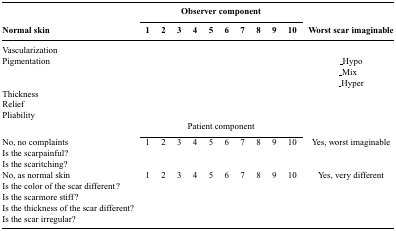
|  | <COLSPAN=10> Observer component |  |
 | Normal skin | 1 | 2 | 3 | 4 | 5 | 6 | 7 | 8 | 9 | 10 | Worst scar imaginable |
 | --- | --- | --- | --- | --- | --- | --- | --- | --- | --- | --- | --- |
 | Vascularization |  |  |  |  |  |  |  |  |  |  |  |
 | Pigmentation |  |  |  |  |  |  |  |  |  |  | _Hypo |
 |  |  |  |  |  |  |  |  |  |  |  | _Mix |
 |  |  |  |  |  |  |  |  |  |  |  | _Hyper |
 | Thickness |  |  |  |  |  |  |  |  |  |  |  |
 | Relief |  |  |  |  |  |  |  |  |  |  |  |
 | Pliability |  |  |  |  |  |  |  |  |  |  |  |
 |  | <COLSPAN=10> Patient component |  |
 | No, no complaints | 1 | 2 | 3 | 4 | 5 | 6 | 7 | 8 | 9 | 10 | Yes, worst imaginable |
 | Is the scarpainful? |  |  |  |  |  |  |  |  |  |  |  |
 | Is the scaritching? |  |  |  |  |  |  |  |  |  |  |  |
 | No, as normal skin | 1 | 2 | 3 | 4 | 5 | 6 | 7 | 8 | 9 | 10 | Yes, very different |
 | Is the color of the scar different |  |  |  |  |  |  |  |  |  |  |  |
 | Is the scarmore stiff |  |  |  |  |  |  |  |  |  |  |  |
 | Is the thickness of the scar different? |  |  |  |  |  |  |  |  |  |  |  |
 | Is the scar irregular? |  |  |  |  |  |  |  |  |  |  |  |